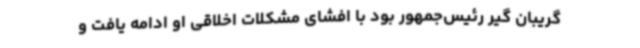
گریبان گیر رئیس‌جمهور بود با افشای مشکلات اخلاقی او ادامه یافت و